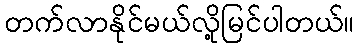
တက်လာနိုင်မယ်လို့မြင်ပါတယ်။